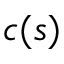
c ( s )